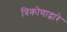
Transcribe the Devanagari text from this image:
त्रिकोणाद्वारे